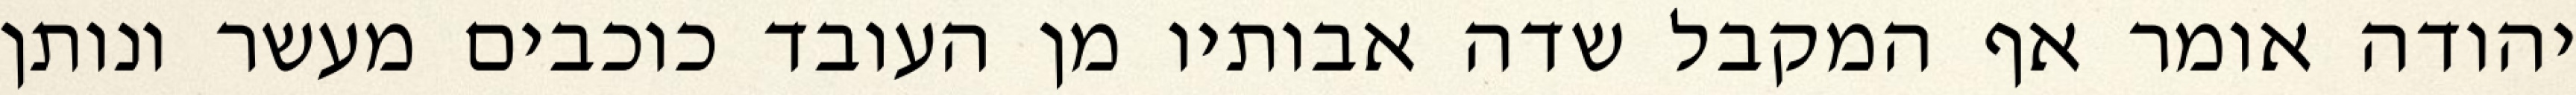
יהודה אומר אף המקבל שדה אבותיו מן העובד כוכבים מעשר ונותן